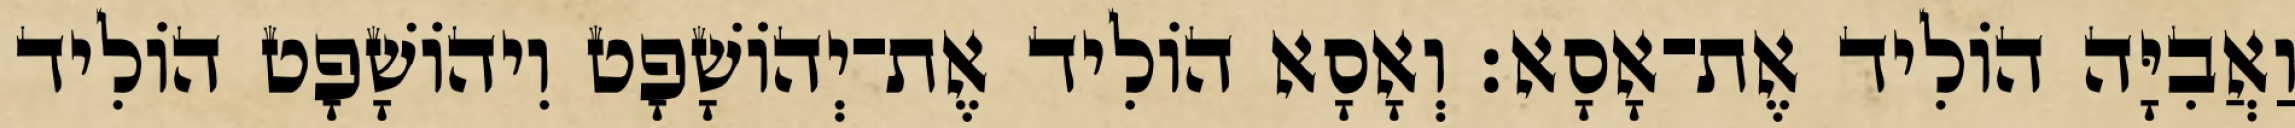
וַאֲבִיָּה הוֹלִיד אֶת־אָסָא׃ וְאָסָא הוֹלִיד אֶת־יְהוֹשָׁפָט וִיהוֹשָׁפָט הוֹלִיד